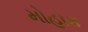
મોહાક